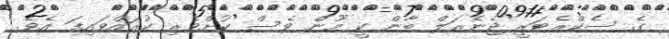
ގެ ސެކްރެޓަރީ ޖެނެރަލް ބާން ކީ މޫން ވެސް ކުށްވެރި ކުރައްވައިފަ އެވެ.